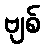
ဗျစ်